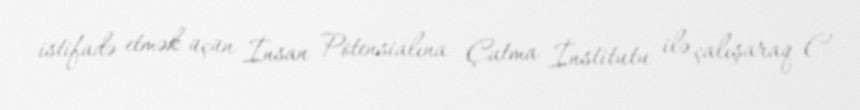
istifadə etmək üçün İnsan Potensialına Çatma İnstitutu ilə çalışaraq C